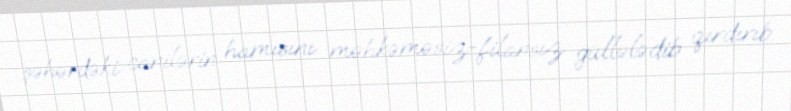
şəhərdəki canilərin hamısını məhkəməsiz-filansız güllələdib qırdırıb.